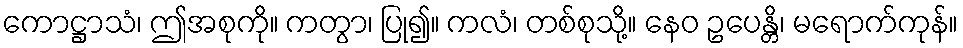
ကောဋ္ဌာသံ၊ ဤအစုကို။ ကတွာ၊ ပြု၍။ ကလံ၊ တစ်စုသို့။ နေဝ ဥပေန္တိ၊ မရောက်ကုန်။